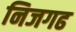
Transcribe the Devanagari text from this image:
निजगढ